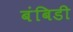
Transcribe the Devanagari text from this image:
बंबिडी